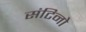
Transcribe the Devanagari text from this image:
संटिनो